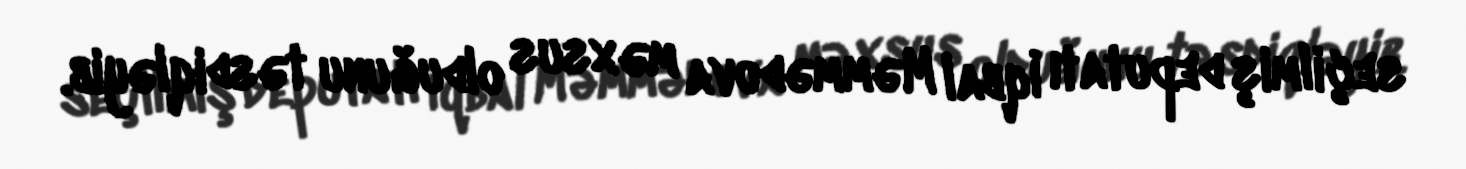
seçilmiş deputatı İqbal Məmmədova məxsus olduğunu təsdiqləyib.